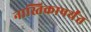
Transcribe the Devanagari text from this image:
नास्तिकापर्यंत